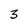
Character: 3